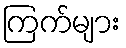
ကြက်များ